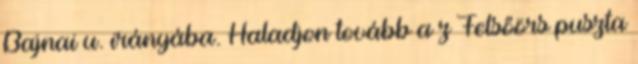
Bajnai u. irányába. Haladjon tovább a z Felsőörs puszta